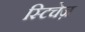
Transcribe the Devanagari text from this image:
स्टिचेज़